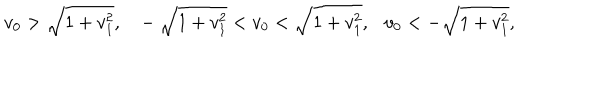
v _ { 0 } > \sqrt { 1 + v _ { 1 } ^ { 2 } } , - \sqrt { 1 + v _ { 1 } ^ { 2 } } < v _ { 0 } < \sqrt { 1 + v _ { 1 } ^ { 2 } } , v _ { 0 } < - \sqrt { 1 + v _ { 1 } ^ { 2 } } ,